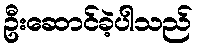
ဦးဆောင်ခဲ့ပါသည်